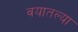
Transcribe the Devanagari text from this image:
वयातल्या